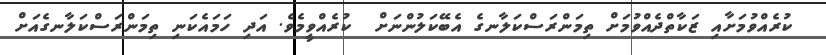
ކުރެއްވުމަށާއި ޒަކާތްދެއްވުމަށް ތިމަންރަސްކަލާނގެ އެބޭކަލުންނަށް  ކުރެއްވީމެވެ. އަދި ހަމައެކަނި ތިމަންރަސްކަލާނގެއަށް